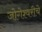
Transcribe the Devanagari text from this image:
जोगेश्वरीचे